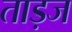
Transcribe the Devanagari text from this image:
ताड़ज